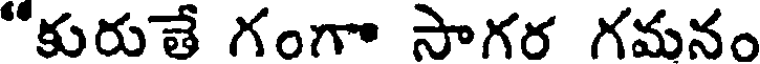
"కురుతే గంగా సాగర గమనం